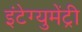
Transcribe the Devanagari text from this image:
इंटेग्युमेंट्री